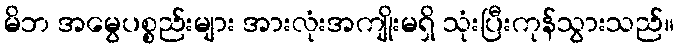
မိဘ အမွေပစ္စည်းများ အားလုံးအကျိုးမရှိ သုံးပြီးကုန်သွားသည်။